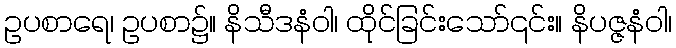
ဥပစာရေ၊ ဥပစာ၌။ နိသီဒနံဝါ၊ ထိုင်ခြင်းသော်၎င်း။ နိပဇ္ဇနံဝါ၊